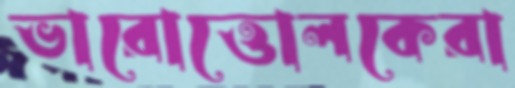
ভারোত্তোলকেরা